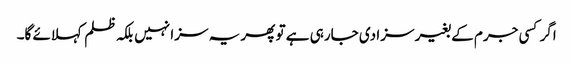
اگر کسی جرم کے بغیر سزا دی جارہی ہے تو پھر یہ سزا نہیں بلکہ ظلم کہلائے گا۔